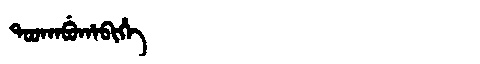
Manchu: ᡨᠣᠣᡴᠠᠪᡠᡥᠠᠪᡳᡥᡝ
Romanization: TOOKABUHABIHE